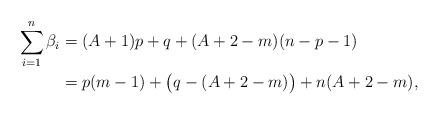
LaTeX: \begin{align*}\sum_{i=1}^n \beta_i &= (A+1)p + q + (A+2-m)(n-p-1) \\&= p(m-1) + \big( q - (A+2-m)\big) + n (A+2-m),\end{align*}